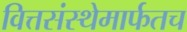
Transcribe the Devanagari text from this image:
वित्तसंस्थेमार्फतच